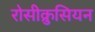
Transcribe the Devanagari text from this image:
रोसीक्रुसियन